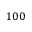
1 0 0